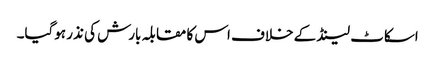
اسکاٹ لینڈ کے خلاف اس کا مقابلہ بارش کی نذر ہوگیا۔